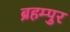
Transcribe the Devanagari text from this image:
ब्रहम्पुर